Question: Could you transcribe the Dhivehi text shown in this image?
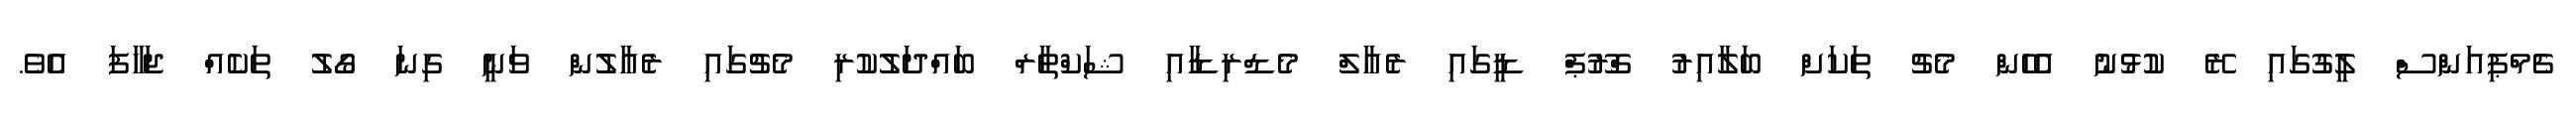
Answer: ޗެމްޕިއަންސް ލީގުގައި ރޭ ކުޅުނު އެހެން މެޗު ތަކަށް ބަލާއިރު ގްރޫޕް ޑީގައި ރެއާލް މެޑްރިޑާއި ޝަކްތާރް ބައްދަލުކުރި މެޗުގައި ރެއާލުން ވަނީ ގިނަ ގޯލު ތަކެއް ޖަހާފަ އެވެ.